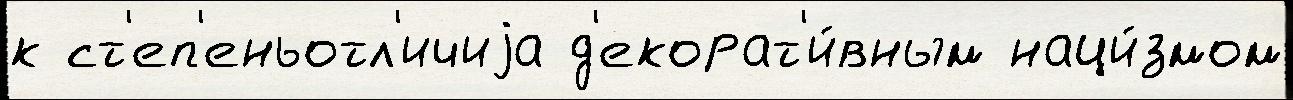
к ст'еп'еньотл'ичиjа д'екорат'и́вным наци́змом